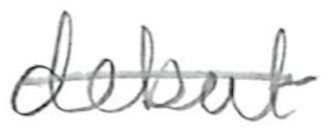
Text: debut
Cross-out: single-line
Writing tool: pencil